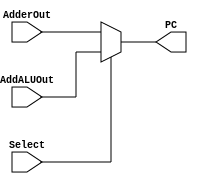
module mux_Branch(AdderOut,AddALUOut,Select,PC);

input[11:0] AdderOut;
input[11:0] AddALUOut;
input Select;
output[11:0] PC;

assign PC =  (Select)? AddALUOut:AdderOut;

endmodule